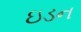
ઇડન